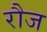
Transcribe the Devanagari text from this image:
रौज